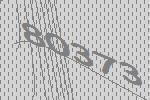
80373